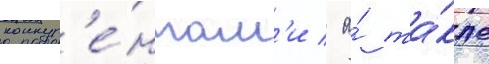
конкур'е́нтам'и / а́ та́кже